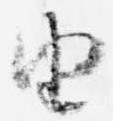
由